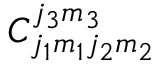
C _ { j _ { 1 } m _ { 1 } j _ { 2 } m _ { 2 } } ^ { j _ { 3 } m _ { 3 } }